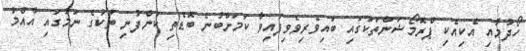
ހޯދުމާއި އެކިއެކި ޕްރޮމޯޝަންތަކުގައި ބައިވެރިވެވިފައިވާ ކަމަށްބުނެ ބޮޑެތި ކުންފުނި ތަކުގެ ނަމުގައި އާއްމު